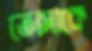
তোমাকে